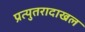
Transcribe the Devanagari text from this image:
प्रत्युतरादाखल